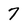
Character: 7